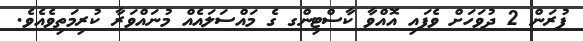
ފުރަން 2 ދުވަހަށް ވެފައި އޮއްވާ ކާސްޓިންގ ގެ މައްސަލައެއް މުނައްވަރާ ކުރިމަތިވެއެވެ.